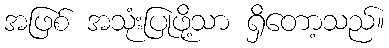
အဖြစ် အသုံးပြုဖို့သာ ရှိတော့သည်။